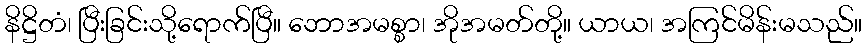
နိဋ္ဌိတံ၊ ပြီးခြင်းသို့ရောက်ပြီ။ ဘောအမစ္စာ၊ အိုအမတ်တို့။ ယာယ၊ အကြင်မိန်းမသည်။